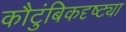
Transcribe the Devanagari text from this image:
कौटुंबिकदृष्ट्या